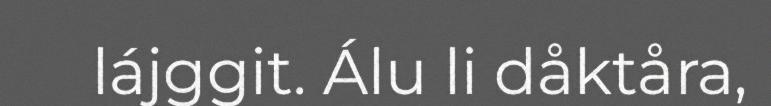
lájggit. Álu li dåktåra,